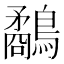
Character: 鷸